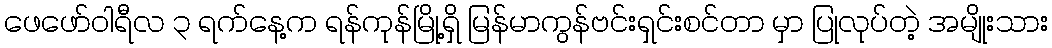
ဖေဖော်ဝါရီလ ၃ ရက်နေ့က ရန်ကုန်မြို့ရှိ မြန်မာကွန်ဗင်းရှင်းစင်တာ မှာ ပြုလုပ်တဲ့ အမျိုးသား